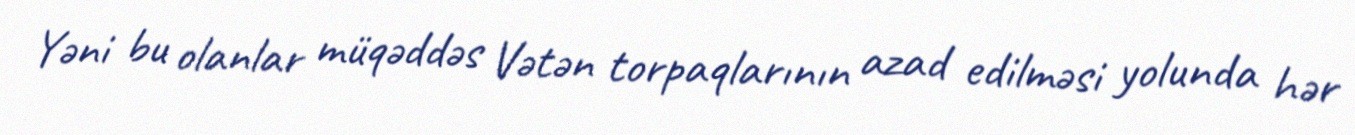
Yəni bu olanlar müqəddəs Vətən torpaqlarının azad edilməsi yolunda hər